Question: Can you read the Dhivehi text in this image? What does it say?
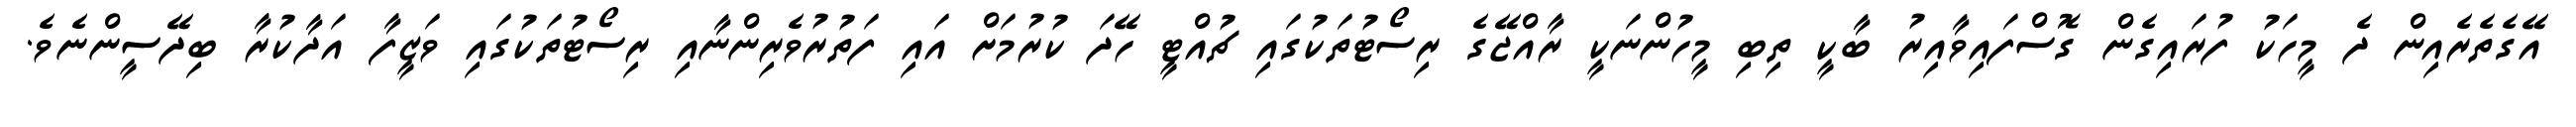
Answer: އޭގެތެރެއިން ދެ މީހަކު ފުރައިގެން ގޮސްފައިވާއިރު ބާކީ ތިބި މީހުންނަކީ ރާއްޖޭގެ ރިސޯޓުތަކުގައި ޗުއްޓީ ހޭދަ ކުރުމަށް އައި ފަތުރުވެރިންނާއި ރިސޯޓުތަކުގައި ވަޒީފާ އަދާކުރާ ބިދޭސީންނެވެ.